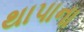
થાપાના